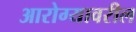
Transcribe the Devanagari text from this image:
आरोग्यावरील